画像に写った文字を読んでください
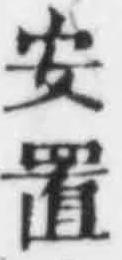
「安置」と書いてあります